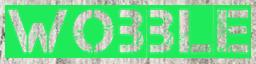
WOBBLE